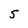
Character: S